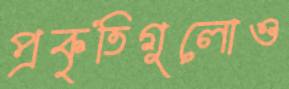
প্রকৃতিগুলোও